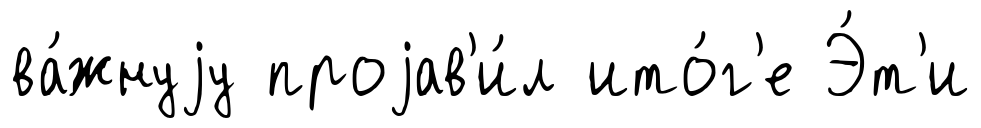
ва́жнуjу проjав'и́л ито́г'е Э́т'и